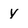
Character: y